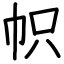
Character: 帜